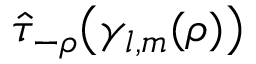
\hat { \tau } _ { - { \boldsymbol \rho } } { \big ( \gamma _ { l , m } ( { \boldsymbol \rho } ) \big ) }